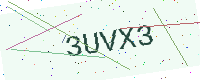
Text: 3UVX3